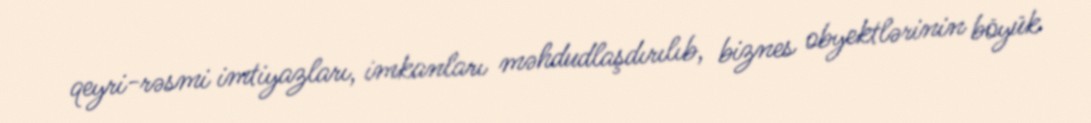
qeyri-rəsmi imtiyazları, imkanları məhdudlaşdırılıb, biznes obyektlərinin böyük